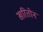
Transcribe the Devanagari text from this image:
खरितोन